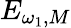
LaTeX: E_{\omega_{1},M}